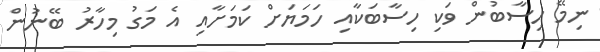
ނިމޭ ހިސާބުން ވަކި ހިސާބަކާއި ހަމަޔަށް ކަމަށާއި އެ މަގު މިހާރު ބޭނުން